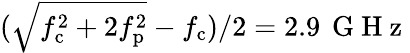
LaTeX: (\sqrt{f_{\mathrm{c}}^{2}+2f_{\mathrm{p}}^{2}}-f_{\mathrm{c}})/2=2.9\, \mathrm{~G~H~z~}